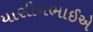
યાસીનભાઈએ